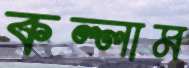
কল্লাম